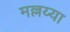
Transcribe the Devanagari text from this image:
मल्लय्या